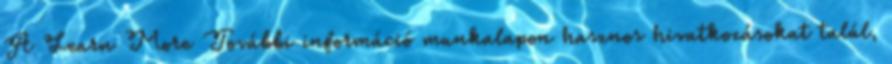
A Learn More További információ munkalapon hasznos hivatkozásokat talál,